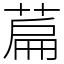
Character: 萹